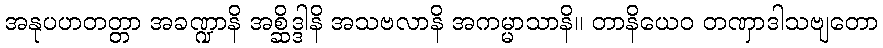
အနုပဟတတ္တာ အခဏ္ဍာနိ အစ္ဆိဒ္ဒါနိ အသဗလာနိ အကမ္မာသာနိ။ တာနိယေဝ တဏှာဒါသဗျတော